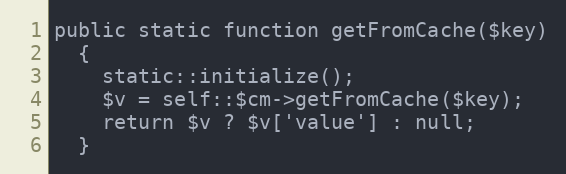
Language: PHP
public static function getFromCache($key)
  {
    static::initialize();
    $v = self::$cm->getFromCache($key);
    return $v ? $v['value'] : null;
  }